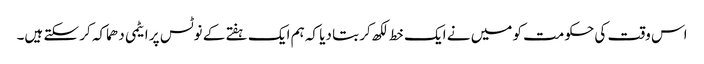
اس وقت کی حکومت کو میں نے ایک خط لکھ کر بتا دیا کہ ہم ایک ہفتے کے نوٹس پر ایٹمی دھماکہ کر سکتے ہیں۔